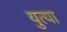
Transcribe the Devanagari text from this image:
युत्या